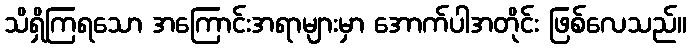
သိရှိကြရသော အကြောင်းအရာများမှာ အောက်ပါအတိုင်း ဖြစ်လေသည်။